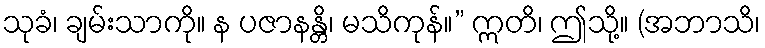
သုခံ၊ ချမ်းသာကို။ န ပဇာနန္တိ၊ မသိကုန်။” ဣတိ၊ ဤသို့။ (အဘာသိ၊